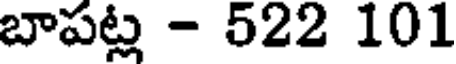
బాపట్ల - 522 101